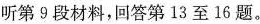
听第9段材料,回答第13至16题。